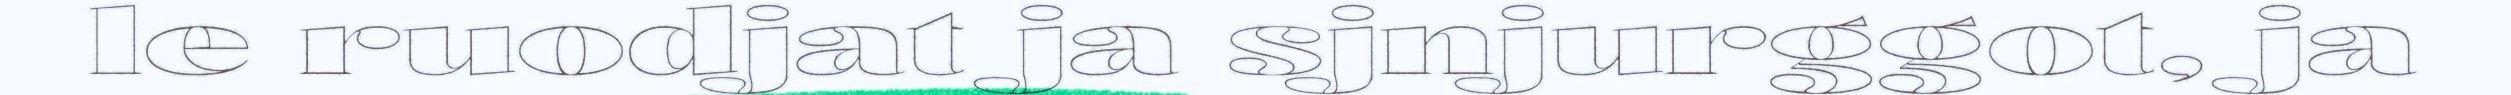
le ruodjat ja sjnjurggot, ja